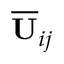
\overline { { \mathbf { U } } } _ { i j }